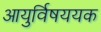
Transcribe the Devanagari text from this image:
आयुर्विषययक